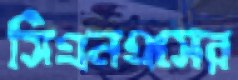
সিএনএসের